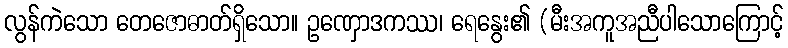
လွန်ကဲသော တေဇောဓာတ်ရှိသော။ ဥဏှောဒကဿ၊ ရေနွေး၏ (မီးအကူအညီပါသောကြောင့်